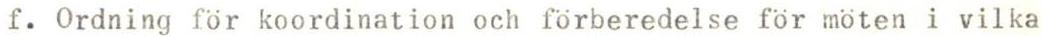
f. Ordning for koordination och förberedelse för möten i vilka